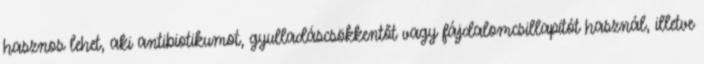
hasznos lehet, aki antibiotikumot, gyulladáscsökkentőt vagy fájdalomcsillapítót használ, illetve